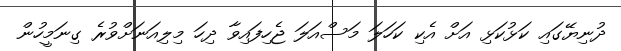
ދުނިޔޭގައި ކަޅުކަޅި އަށް އެކި ކަހަލަ މަސްއަލަ ޖެހިފައިވާ ދިހަ މިލިއަނަށްވުރެ ގިނަމީހުން